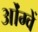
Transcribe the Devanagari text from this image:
ओंग्वें